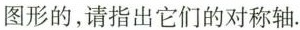
图形的，请指出它们的对称轴.